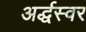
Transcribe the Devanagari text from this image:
अर्द्धस्वर